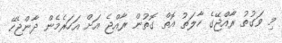
މި ވަގުތު ރާއްޖޭގެ ހާލަތު އޮތް ގޮތުން ރާއްޖެ އަށް އަހަރެމެން ދާންޖެހޭ